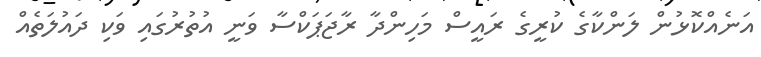
އަނެއްކޮޅުން ލަންކާގެ ކުރީގެ ރައީސް މަހިންދާ ރާޖަޕަކްސާ ވަނީ އުތުރުގައި ވަކި ދައުލަތެއް